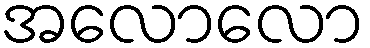
အလောလော